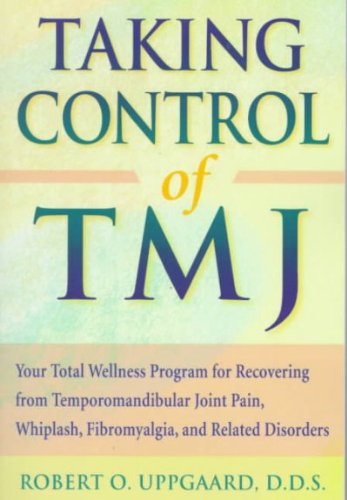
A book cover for Taking Control of TMJ: Your Total Wellness Program for Recovering from Temporomandibular Joint Pain, Whiplash, Fibromyalgia, and Related Disorders [Paperback] [1999] (Author) Robert Uppgaard; Medical Books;